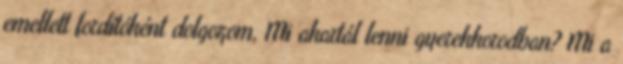
emellett fordítóként dolgozom. Mi akartál lenni gyerekkorodban? Mi a